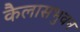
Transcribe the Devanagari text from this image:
कैलासभुवन